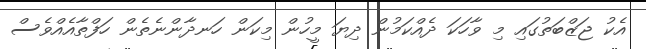
އެކު ޖަޒްބަތުގައި މި ވާހަކަ ދެއްކަމުން ދިޔަ މީހުން މިކަން ހަނދާންނެތެން ހަފްތާއެއްވެސް